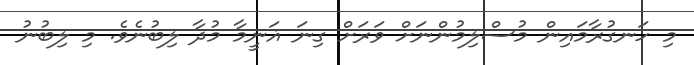
މި ހަނގުރާމައިން މުސްލިމުންނަށް ވަރަށް ގިނަ ޣަނީމާ މުދާ ލިބުނެވެ. މި ލިބުނު